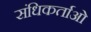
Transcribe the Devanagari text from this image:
संधिकर्ताओं